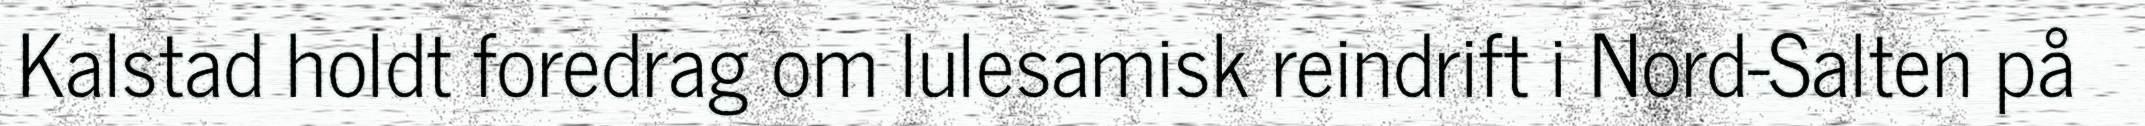
Kalstad holdt foredrag om lulesamisk reindrift i Nord-Salten på